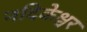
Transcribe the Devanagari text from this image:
नदिकेश्वर